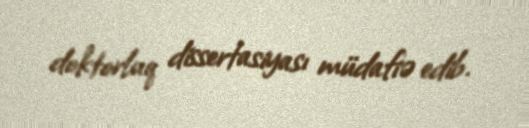
doktorluq dissertasiyası müdafiə edib.